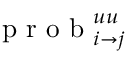
\mathrm { ~ p ~ r ~ o ~ b ~ } _ { i \rightarrow j } ^ { u u }